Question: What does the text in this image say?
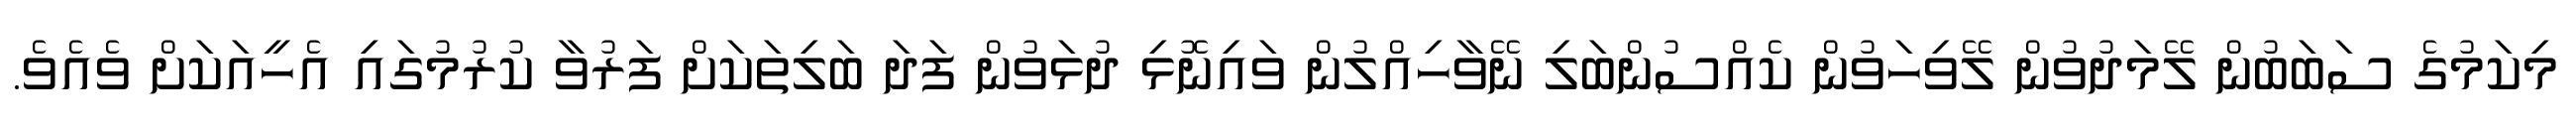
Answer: މިކަމުގެ ސަބަބުން ލޭމަދުވުން ލޭވިހަވުން ކެއްސުންބަލި ނޭވާހިއްލުން ވައިނޮޅި ދުޅަވުން ފަދަ ބަލިތަކަށް ފަރުވާ ކުރުމުގައި އެހީއަކަށް ވެއެވެ.